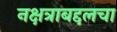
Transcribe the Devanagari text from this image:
नक्षत्राबद्दलचा